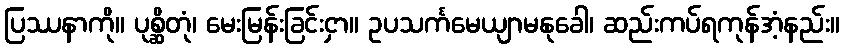
ပြဿနာကို။ ပုစ္ဆိတုံ၊ မေးမြန်းခြင်းငှာ။ ဥပသင်္ကမေယျာမနုခေါ၊ ဆည်းကပ်ရကုန်အံ့နည်း။